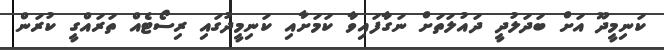
ކަނިމީދޫ އަށް ބަދަލުދީ ދައުލަތަށް ނަގާފައިވާ ކަމަށާއި ކަނިމީދުގައި ރިސޯޓެއް ތަރައްގީ ކުރަން